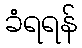
ခံရရန်